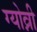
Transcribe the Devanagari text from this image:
ग्योव्नी